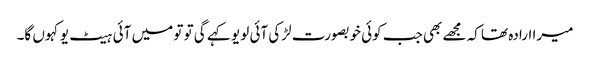
میرا ارادہ تھا کہ مجھے بھی جب کوئی خوبصورت لڑکی آئی لو یو کہے گی تو تو میں آئی ہیٹ یو کہوں گا۔